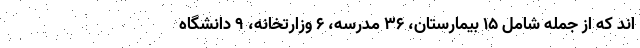
اند که از جمله شامل ۱۵ بیمارستان، ۳۶ مدرسه، ۶ وزارتخانه، ۹ دانشگاه